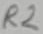
Text: R2